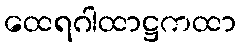
ထေရဂါထာဋ္ဌကထာ